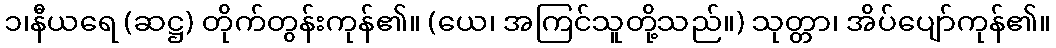
၁၊နီယရေ (ဆဋ္ဌ) တိုက်တွန်းကုန်၏။ (ယေ၊ အကြင်သူတို့သည်။) သုတ္တာ၊ အိပ်ပျော်ကုန်၏။